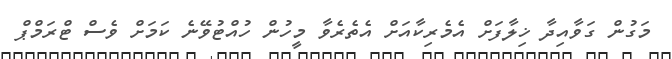
މަގުން ގަވާއިދާ ޚިލާފަށް އެމެރިކާއަށް އެތެރެވާ މީހުން ހުއްޓުވޭނެ ކަމަށް ވެސް ޓްރަމްޕް